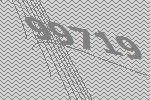
99719